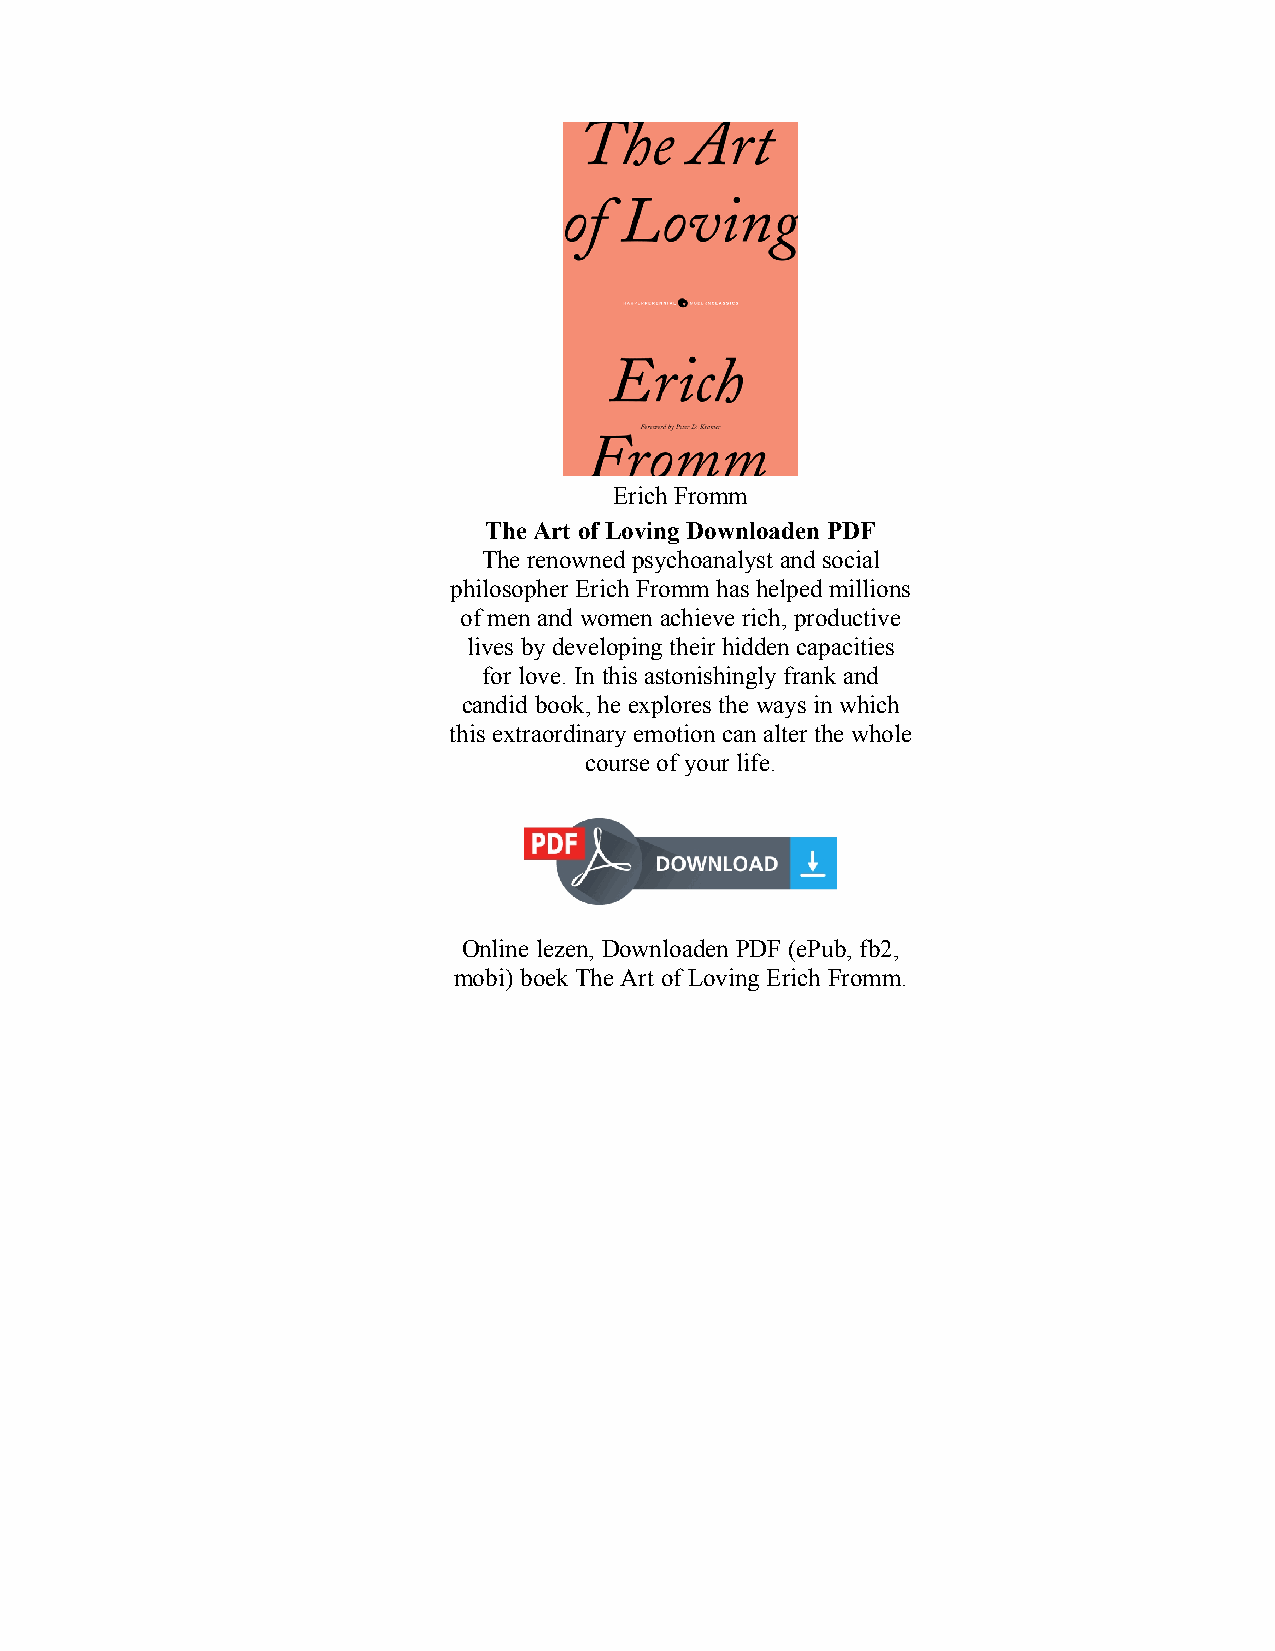
Erich Fromm
 The Art of Loving Downloaden PDF
 The renowned psychoanalyst and social
 philosopher Erich Fromm has helped millions
 of men and women achieve rich, productive
 lives by developing their hidden capacities
 for love. In this astonishingly frank and
 candid book, he explores the ways in which
 this extraordinary emotion can alter the whole
 course of your life.
 Online lezen, Downloaden PDF (ePub, fb2,
 mobi) boek The Art of Loving Erich Fromm.